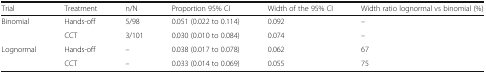
<table><thead><tr><td><b>Trial</b></td><td><b>Treatment</b></td><td><b>n/N</b></td><td><b>Proportion 95% CI</b></td><td><b>Width of the 95% CI</b></td><td><b>Width ratio lognormal vs binomial (%)</b></td></tr></thead><tbody><tr><td rowspan="2">Binomial</td><td>Hands-off</td><td>5/98</td><td>0.051 (0.022 to 0.114)</td><td>0.092</td><td>–</td></tr><tr><td>CCT</td><td>3/101</td><td>0.030 (0.010 to 0.084)</td><td>0.074</td><td>–</td></tr><tr><td>Lognormal</td><td>Hands-off</td><td>–</td><td>0.038 (0.017 to 0.078)</td><td>0.062</td><td>67</td></tr><tr><td></td><td>CCT</td><td>–</td><td>0.033 (0.014 to 0.069)</td><td>0.055</td><td>75</td></tr></tbody></table>